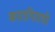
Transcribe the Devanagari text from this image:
कारागिराची